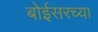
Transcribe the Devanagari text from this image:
बोईसरच्या